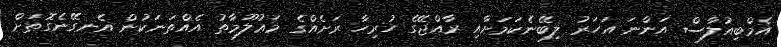
އެމްބިއުލާސް އަންނަ އަހަރު ލިބޭނެކަމަށާއި ރާއްޖޭގެ ހުރިހާ ރަށެއްގެ މަޢުލޫމާތު އެއްތަނަކުން އެނގޭނެގޮތަށް